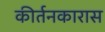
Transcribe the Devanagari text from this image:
कीर्तनकारास